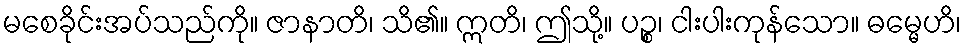
မစေခိုင်းအပ်သည်ကို။ ဇာနာတိ၊ သိ၏။ ဣတိ၊ ဤသို့။ ပဉ္စ၊ ငါးပါးကုန်သော။ ဓမ္မေဟိ၊